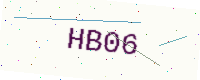
Text: HB06